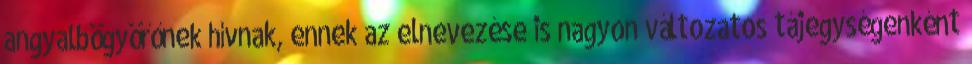
angyalbögyörőnek hívnak, ennek az elnevezése is nagyon változatos tájegységenként